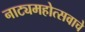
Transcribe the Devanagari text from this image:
नाट्यमहोत्सवाचे